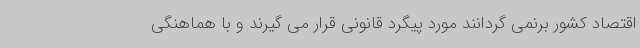
اقتصاد کشور برنمی گردانند مورد پیگرد قانونی قرار می گیرند و با هماهنگی